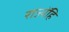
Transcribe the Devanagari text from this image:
राज्येंहि